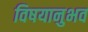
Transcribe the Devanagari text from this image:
विषयानुभव